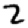
Digit: 2